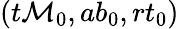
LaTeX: ({t\mathcal{M}}_{0},{ab}_{0},{rt}_{0})